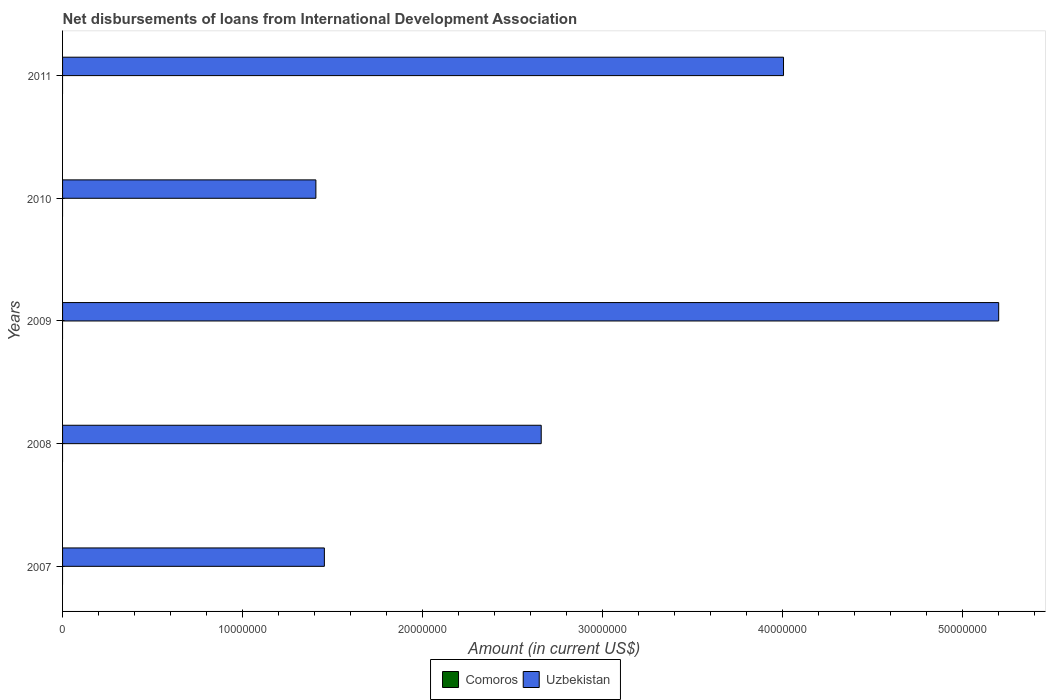
| Years | Comoros | Uzbekistan |
 | --- | --- | --- |
 | 2007 | -5.47e+05 | 1.46e+07 |
 | 2008 | -1.44e+05 | 2.66e+07 |
 | 2009 | -2.13e+05 | 5.2e+07 |
 | 2010 | -3.38e+05 | 1.41e+07 |
 | 2011 | -3.47e+05 | 4.01e+07 |